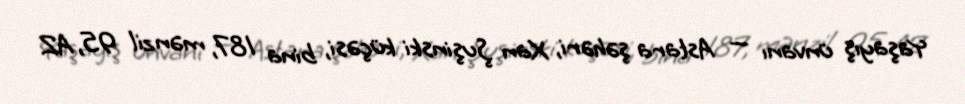
Yaşayış ünvanı — Astara şəhəri, Xan Şuşinski küçəsi, bina 187, mənzil 95, AZ